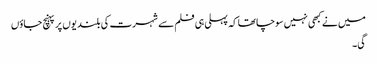
میں نے کبھی نہیں سوچا تھا کہ پہلی ہی فلم سے شہرت کی بلندیوں پر پہنچ جاؤں
گی۔